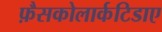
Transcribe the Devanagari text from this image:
फ़ैसकोलार्कटिडाए